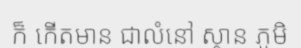
ក៏ កើតមាន ជាលំនៅ ស្ថាន ភូមិ